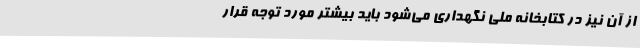
از آن نیز در کتابخانه ملی نگهداری می‌شود باید بیشتر مورد توجه قرار